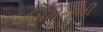
સિમરોલી